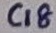
Text: C18